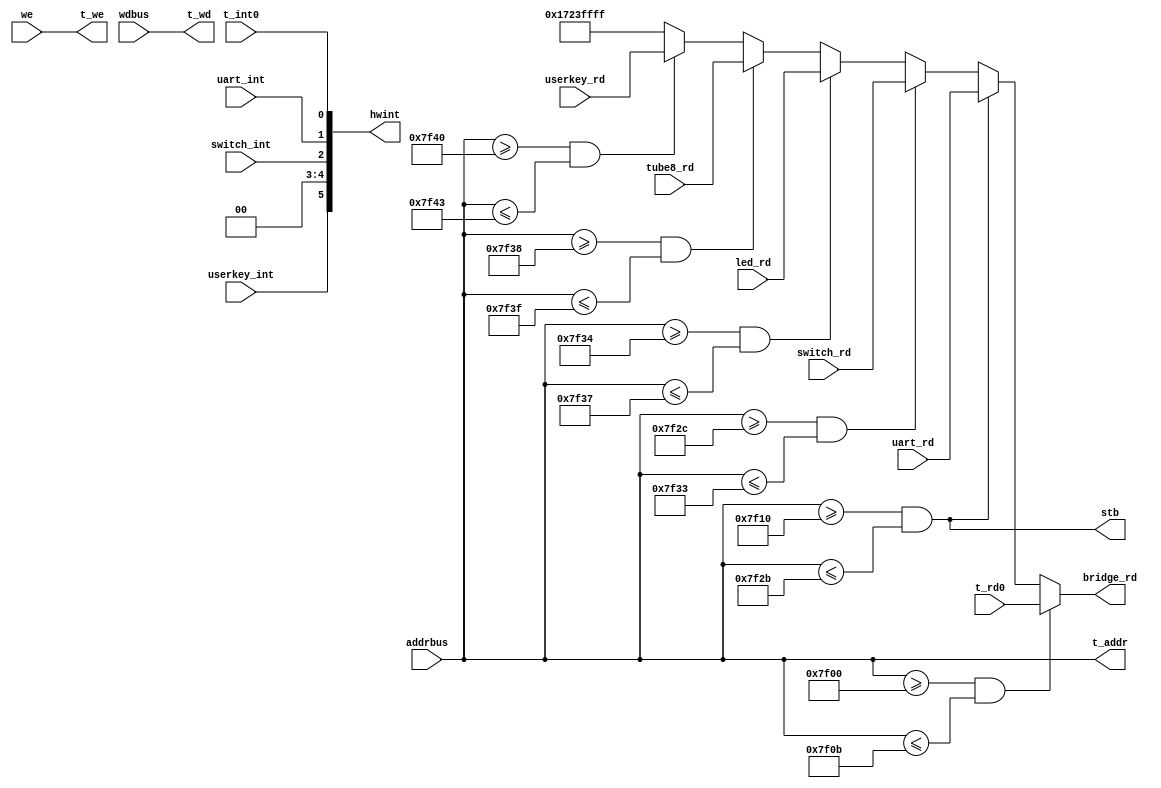
`timescale 1ns / 1ps
module Bridge(we,addrbus,wdbus,bridge_rd,hwint,t_addr,t_wd,t_we,
t_rd0,t_int0,
uart_rd,uart_int,stb,
switch_rd,switch_int,
led_rd,
tube8_rd,
userkey_rd,userkey_int
);
input we,t_int0,uart_int,switch_int,userkey_int;
input [31:0] addrbus,wdbus,t_rd0,uart_rd,switch_rd,led_rd,tube8_rd,userkey_rd;
output t_we,stb;
output [31:0]bridge_rd,t_addr,t_wd;
output [5:0] hwint;

assign t_addr=addrbus;
assign t_we=we;
assign t_wd=wdbus;
//assign hwint={4'b0,t_int1,t_int0};

/*assign bridge_rd=(addrbus>=32'h00007f00&&addrbus<=32'h00007f0b)?t_rd0:
						(addrbus>=32'h00007f10&&addrbus<=32'h00007f1b)?t_rd1:
						32'h17230000;*/
assign hwint={userkey_int,2'b0,switch_int,uart_int,t_int0};
assign bridge_rd=(addrbus>=32'h00007f00&&addrbus<=32'h00007f0b)?t_rd0:
					  (addrbus>=32'h00007f10&&addrbus<=32'h00007f2b)?uart_rd:
					  (addrbus>=32'h00007f2c&&addrbus<=32'h00007f33)?switch_rd:
					  (addrbus>=32'h00007f34&&addrbus<=32'h00007f37)?led_rd:
					  (addrbus>=32'h00007f38&&addrbus<=32'h00007f3f)?tube8_rd:
					  (addrbus>=32'h00007f40&&addrbus<=32'h00007f43)?userkey_rd:
					  32'h1723ffff;
assign stb=	(addrbus>=32'h00007f10&&addrbus<=32'h00007f2b);				  

endmodule